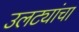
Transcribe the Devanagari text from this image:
उलट्यांचा